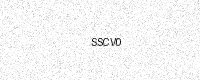
Text: SSCV0